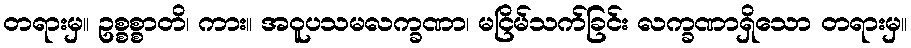
တရားမှ။ ဥစ္စစ္စာတိ၊ ကား။ အဝူပသမလက္ခဏာ၊ မငြိမ်သက်ခြင်း လက္ခဏာရှိသော တရားမှ။